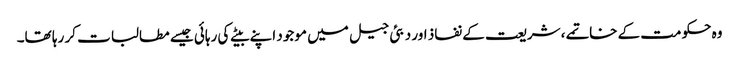
وہ حکومت کے خاتمے، شریعت کے نفاذ اور دبئی جیل میں موجود اپنے بیٹے کی رہائی جیسے مطالبات کر رہا تھا۔